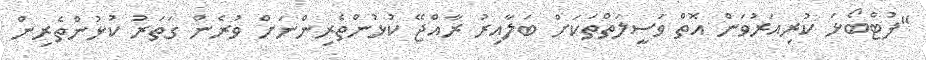
"ފުޓްބޯޅަ ކުރިއަރުވަން އޮތް ވަސީލަތްތަކަށް ބަލާއިރު ރާއްޖޭ ކުޅުންތެރިންނަށް ވުރެން ގަތަރު ކުޅުންތެރިން